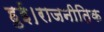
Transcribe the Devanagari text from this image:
हुई।राजनीतिक